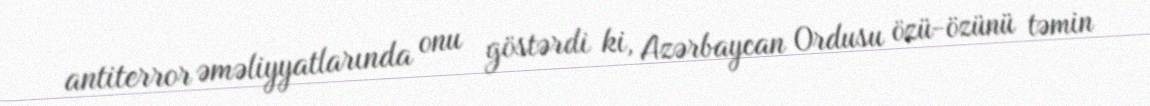
antiterror əməliyyatlarında onu göstərdi ki, Azərbaycan Ordusu özü-özünü təmin